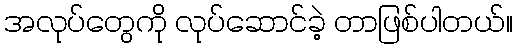
အလုပ်တွေကို လုပ်ဆောင်ခဲ့ တာဖြစ်ပါတယ်။